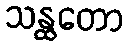
သန္ထတော